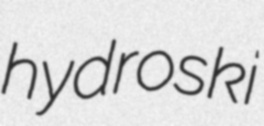
hydroski